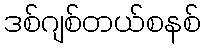
ဒစ်ဂျစ်တယ်စနစ်